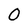
Character: 0